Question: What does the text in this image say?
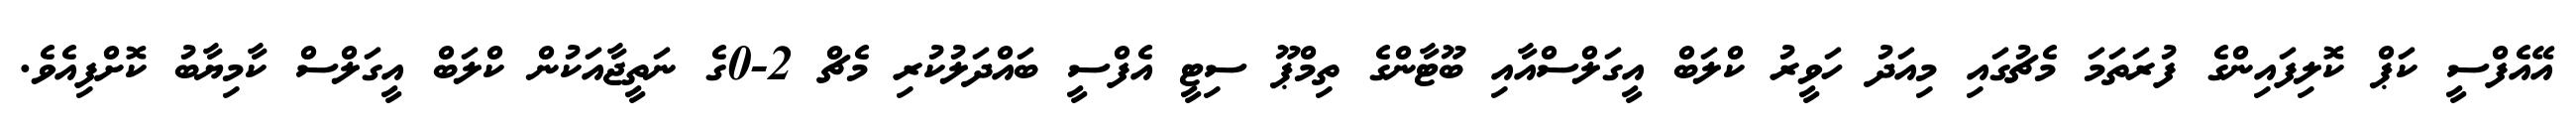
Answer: އޭއެފްސީ ކަޕް ކޮލިފައިންގެ ފުރަތަމަ މެޗުގައި މިއަދު ހަވީރު ކްލަބް އީގަލްސްއާއި ބޫޓާންގެ ތިމްޕޫ ސިޓީ އެފްސީ ބައްދަލުކުރި މެޗް 2-0ގެ ނަތީޖާއަކުން ކްލަބް އީގަލްސް ކާމިޔާބު ކޮށްފިއެވެ.